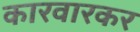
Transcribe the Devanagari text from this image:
कारवारकर